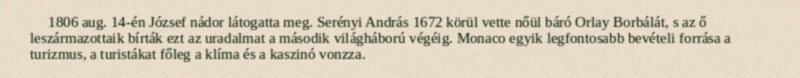
1806 aug. 14-én József nádor látogatta meg. Serényi András 1672 körül vette nőül báró Orlay Borbálát, s az ő leszármazottaik bírták ezt az uradalmat a második világháború végéig. Monaco egyik legfontosabb bevételi forrása a turizmus, a turistákat főleg a klíma és a kaszinó vonzza.